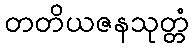
တတိယဇနသုတ္တံ